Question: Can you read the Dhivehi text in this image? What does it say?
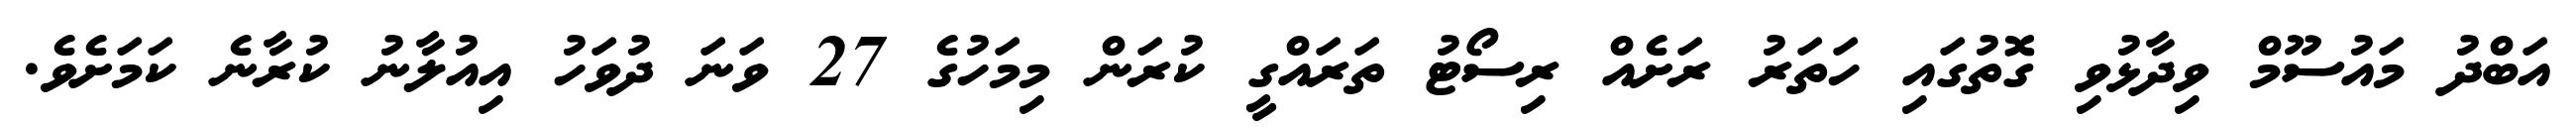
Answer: އަބްދު މައުސޫމް ވިދާޅުވި ގޮތުގައި ހަތަރު ރަށެއް ރިސޯޓު ތަރައްގީ ކުރަން މިމަހުގެ 27 ވަނަ ދުވަހު އިއުލާނު ކުރާނެ ކަމަށެވެ.